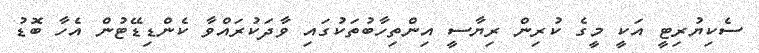
ސެކިޔުރިޓީ އަކީ މީގެ ކުރިން ރިޔާސީ އިންތިހާބުތަކުގައި ވާދަކުރައްވާ ކެންޑިޑޭޓުން އެހާ ބޮޑު